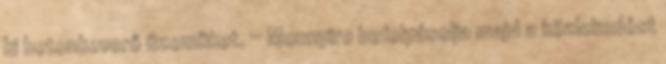
ki betonkeverő üzemüket. ·· Mennyire befolyásolja majd a közlekedést